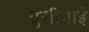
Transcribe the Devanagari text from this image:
प्रुसीयाई